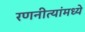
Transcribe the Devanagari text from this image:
रणनीत्यांमध्ये